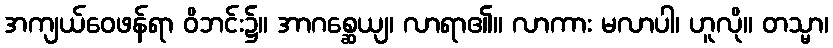
အကျယ်ဝေဖန်ရာ ဝိဘင်း၌။ အာဂစ္ဆေယျ၊ လာရာ၏။ လာကား မလာပါ၊ ဟူလို။ တသ္မာ၊